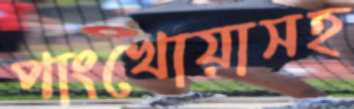
পাংখোয়াসহ